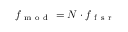
f _ { \mathrm { ~ m ~ o ~ d ~ } } = N \cdot f _ { \mathrm { ~ f ~ s ~ r ~ } }